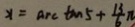
x = \arctan 5 + \frac { 1 3 } { 6 } \pi